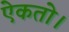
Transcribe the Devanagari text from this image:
ऐकतो।